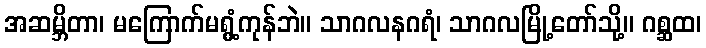
အဆမ္ဘိတာ၊ မကြောက်မရွံ့ကုန်ဘဲ။ သာဂလနဂရံ၊ သာဂလမြို့တော်သို့။ ဂစ္ဆထ၊